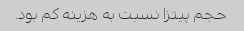
حجم پیتزا نسبت به هزینه کم بود.